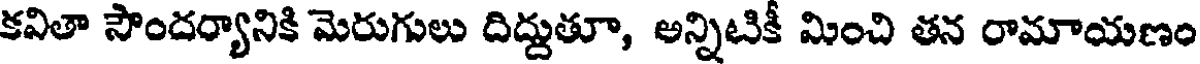
కవితా సౌందర్యానికి మెరుగులు దిద్దుతూ, అన్నిటికీ మించి తన రామాయణం